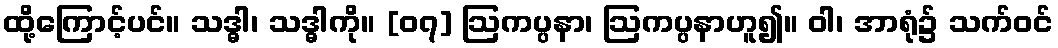
ထို့ကြောင့်ပင်။ သဒ္ဓါ၊ သဒ္ဓါကို။ [၀၇] ဩကပ္ပနာ၊ ဩကပ္ပနာဟူ၍။ ဝါ၊ အာရုံ၌ သက်ဝင်